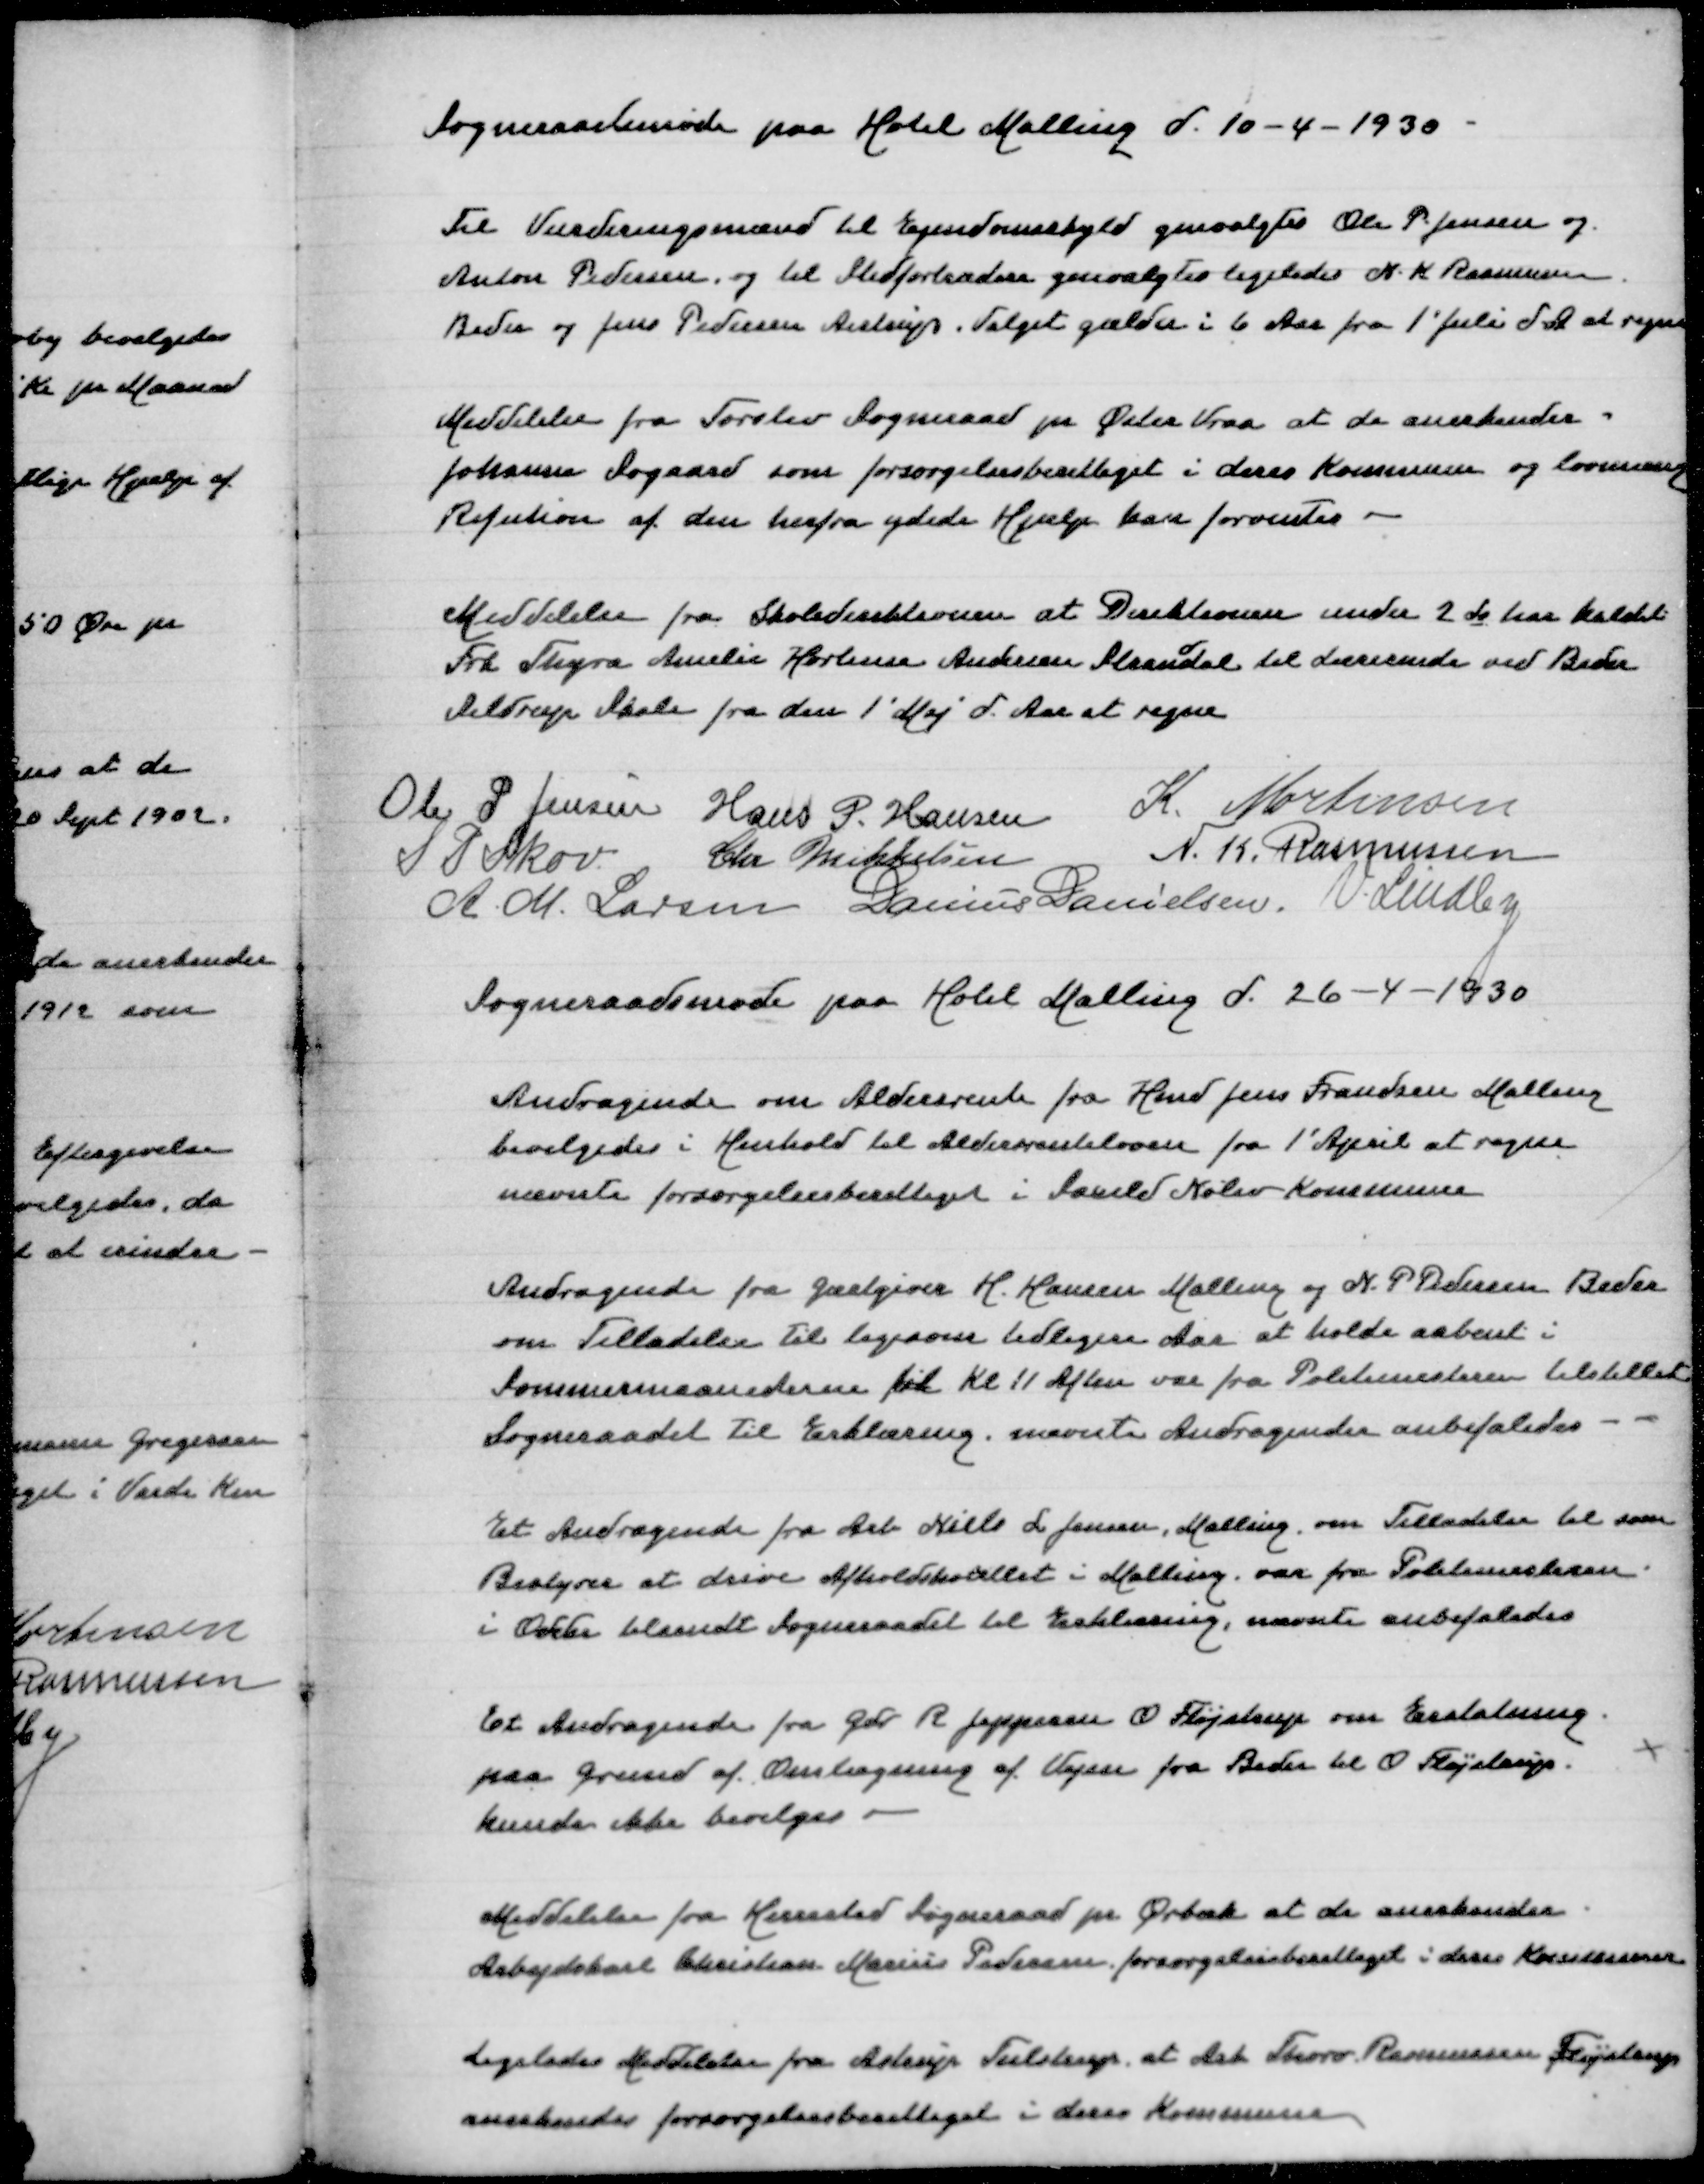
Transskription:
Sogneraadsmøde paa Hotels Malling d 10-4-1930

Til Vurderingsmænd til Ejendomsskyld genvalgtes Ole P Jensen og
Anton Pedersen, og til Stedfortrædere genvalgtes ligeledes N K Rasmussen
Beder og Jens Pedersen Aistrup. Valget gælder i 6 Aar fra 1' Juli d A at regne

Meddelelse fra Torslev Sogneraad pe Øster Vraa at de anerkender
Johanne Søgaard som forsørgelsesberettiget i deres Kommune og lovmæssig
Refusion af den herfra ydede Hjælp kan forventes

Meddelelse fra Skoledirektion at Direktionen under 2 ds har kaldet
Frk Thyra Amalie Hortensa Andersen Strandal til Lærerinde ved Beder
Seldrup Skole fra den 1' Maj d Aar at regne

Ole P Jensen
Hans P Hansen
K Mortensen
S P Skov
Chr Mikkelsen
N K Rasmussen
A M Larsen
Danius Danielsen
V Lindby
Sogneraadsmøde paa Hotel Malling d 26-4-1930

Andragende om Aldersrente fra Hmd Jens Frandsen Malling
bevilgedes i Henhold til Aldersrenteloven fra 1' April at regne
nævnte forsørgelsesberettiget i Saxild Nølev Kommune

Andragende fra Gæstgiver H Hansen Malling og N P Pedersen Beder
om Tilladelse til ligesom tidligere Aar at holde aabent i
Sommermaanederne til Kl 11 Aften var fra Politimesteren tilstillet
Sogneraadet til Erklæring, nævnte Andragender anbefaledes

E Andragende fra Arb Niels L Jensen Malling om Tilladelse til som
Bestyrer atdrive Afholdshotellet i Malling, vr fra Politimesteren
i Odder tilsendt Sogneraadet til Erklæring, nævnte anbefaledes

Et Andragende fra Gdr R Jeppesen O Fløjstrup om Erstatning
paa Grund af Omlægning af Vejen fra Beder til O Fløjstrup
kunde ikke bevilges

Meddelelse fra Herrested Sogneraad pr Ørbæk at de anerkender
Arbejdskarl Christian Marius Pedersen forsørgelsesberettiget i deres Kommune

Ligeledes Meddelelse fra Astrup Tulstrup, at Arb Thorv Rasmussen Fløjstrup
anerkendes forsørgelsesberettiget i deres Kommune